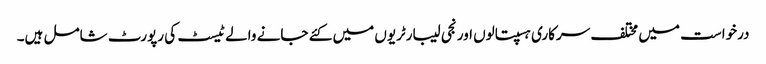
درخواست میں مختلف سرکاری ہسپتالوں اور نجی لیبارٹریوں میں کئے جانے والے ٹیسٹ کی رپورٹ شامل ہیں۔